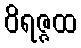
ဝိရဇ္ဇထ